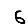
Digit: 6